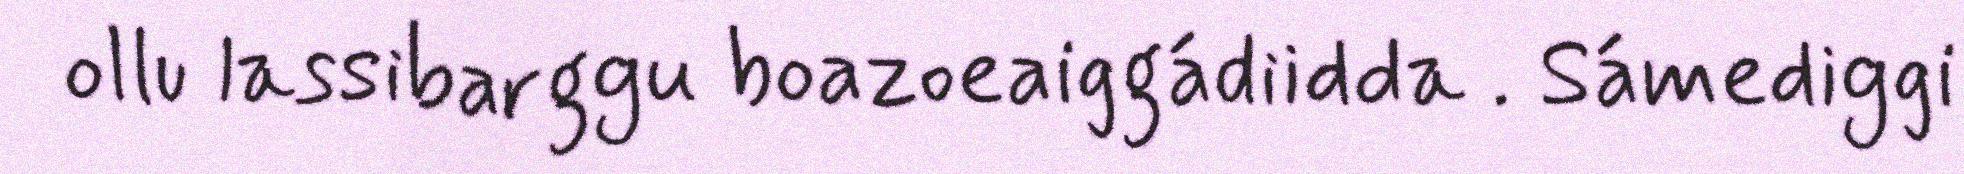
ollu lassibarggu boazoeaiggádiidda . Sámediggi